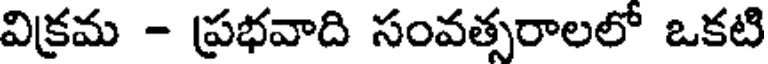
విక్రమ - ప్రభవాది సంవత్సరాలలో ఒకటి